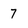
Character: 7